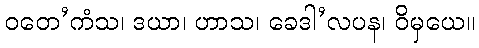
ဝတေ’ကံသ၊ ဒယာ၊ ဟာသ၊ ခေဒါ’လပန၊ ဝိမှယေ။